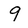
Character: 9